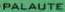
PALAUTE